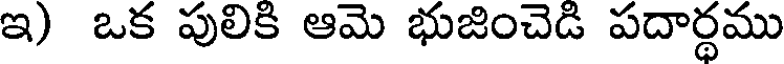
ఇ) ఒక పులికి ఆమె భుజించెడి పదార్థము